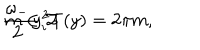
LaTeX: \frac { \omega _ { - } } { 2 } y _ { i } ^ { 2 } T ( y ) = 2 \pi m , \hspace { 1 . 5 c m } m \in { \cal Z }